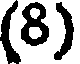
(8)